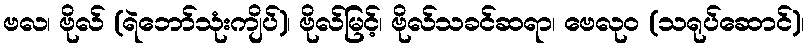
ဗလ၊ ဗိုလ် (ရဲဘော်သုံးကျိပ်)၊ ဗိုလ်မြင့်၊ ဗိုလ်သခင်ဆရာ၊ ဗေလုဝ (သရုပ်ဆောင်)၊